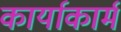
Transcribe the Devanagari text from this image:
कार्याकार्म